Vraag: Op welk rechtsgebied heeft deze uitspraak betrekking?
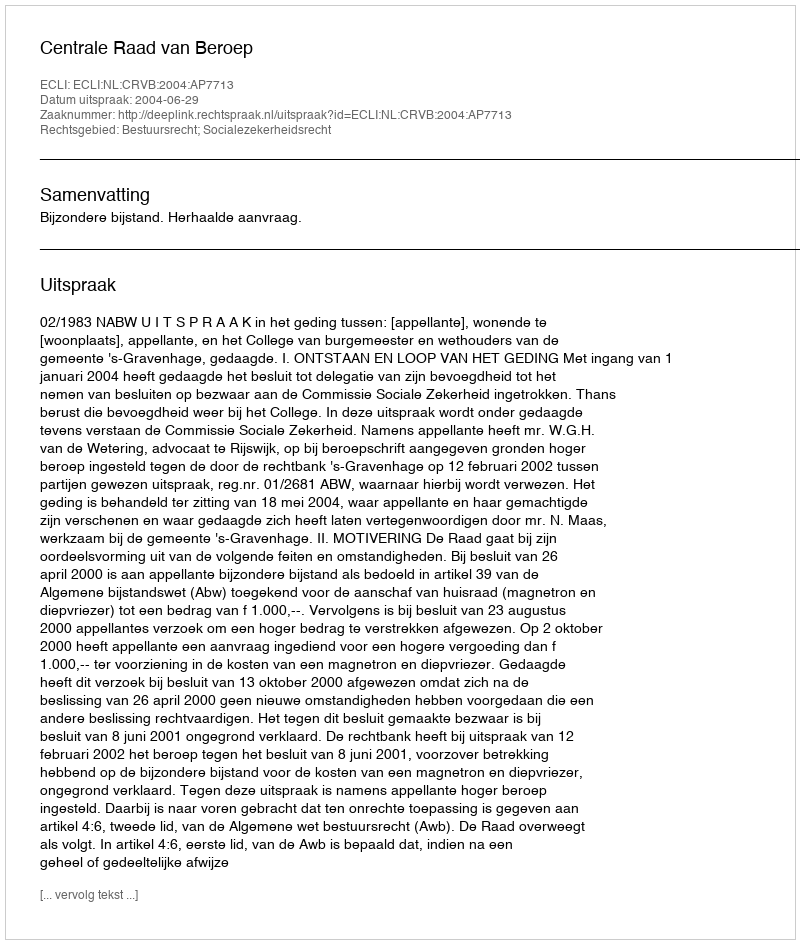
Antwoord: Bestuursrecht; Socialezekerheidsrecht